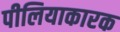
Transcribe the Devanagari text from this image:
पीलियाकारक